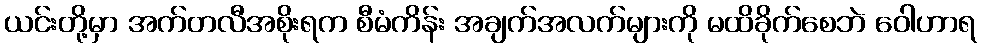
ယင်းတို့မှာ အက်တလီအစိုးရက စီမံကိန်း အချက်အလက်များကို မထိခိုက်စေဘဲ ဝေါဟာရ